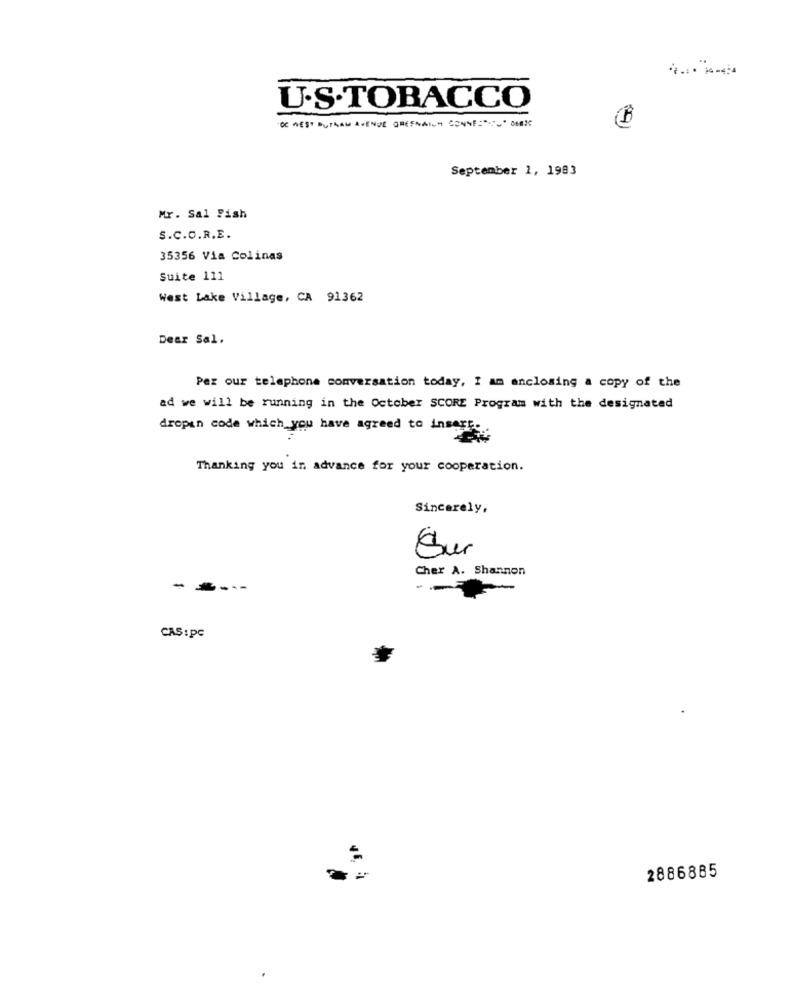
U.S.TOBACCO
OC WEST DUTRAL AVENUE GREENAILY CONNE="_" DEDIC
September 1, 1983
Mr. Sal Fish
S.C.C.R.E.
35356 Via Colinas
Suite 111
West Lake Village, CA 91362
Dear Sal.
Per our telephone conversation today, I am enclosing a copy of the
ad we will be running in the October SCORE Program with the designated
dropin code which you have agreed to insert.
Thanking you in advance for your cooperation.
Sincerely,
Sur
Cher A. Shannon
-
CAS : pc
2886885